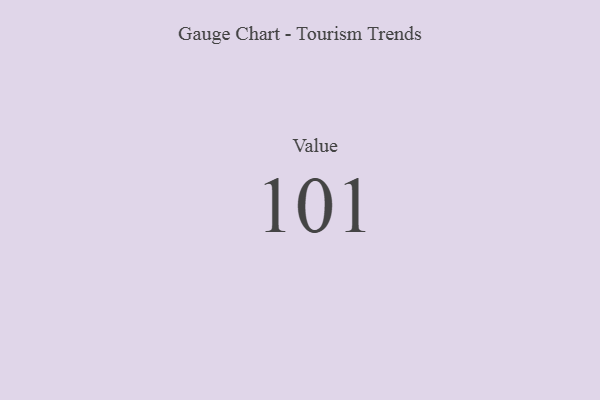
{"axis": {"x": "Metric", "y": "Value"}, "legend": [""], "data": [{"x": "Value", "y": 101, "type": ""}]}